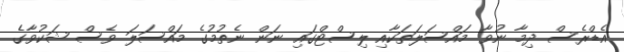
އެޑްރެސް ދިމާ ނުވާ މައްސަލަތަކާއި ލިސްޓްގައި ނަން ނެތުމުގެ މައްސަލަ ވެސް ޝަކުވާގެ